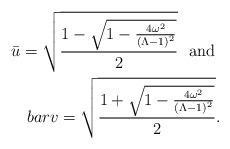
LaTeX: \begin{align*}\bar{u}=\sqrt{\frac{1-\sqrt{1-\frac{4\omega^2}{(\Lambda-1)^2}}}{2}}\ \ \textrm{and}\ \\bar{v}=\sqrt{\frac{1+\sqrt{1-\frac{4\omega^2}{(\Lambda-1)^2}}}{2}}.\end{align*}